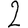
Digit: 2